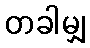
တခါမျှ